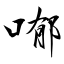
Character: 喐